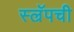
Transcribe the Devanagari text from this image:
स्ल्रॅपची